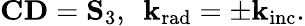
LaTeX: \mathrm{{\mathbf{CD}}=\mathbf{S}_{3},~~\mathbf{k}_{\mathrm{{rad}}}=\pm\mathbf{k}_{\mathrm{{inc}}}.}